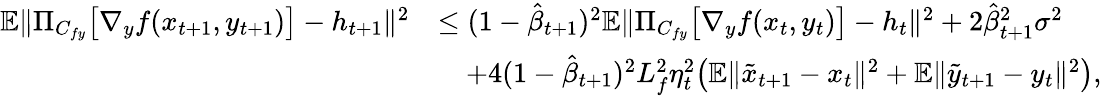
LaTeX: \begin{array}{rl}{\mathbb{E}\| \Pi_{C_{fy}}\big[\nabla_{y}f(x_{t+1},y_{t+1})\big]-h_{t+1}\| ^{2}}&{\leq(1-\hat{\beta}_{t+1})^{2}\mathbb{E}\| \Pi_{C_{fy}}\big[\nabla_{y}f(x_{t},y_{t})\big]-h_{t}\| ^{2}+2\hat{\beta}_{t+1}^{2}\sigma^{2}}\\ &{\quad+4(1-\hat{\beta}_{t+1})^{2}L_{f}^{2}\eta_{t}^{2}\big(\mathbb{E}\| \tilde{x}_{t+1}-x_{t}\| ^{2}+\mathbb{E}\| \tilde{y}_{t+1}-y_{t}\| ^{2}\big),}\end{array}